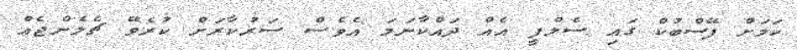
ކަމަށް ފޭސްބުކް ގައި ސެލްފީ އެއް ދައްކާނަމަ އެވެސް ސަރުކާރަށް ކުރެވޭ ޗެލެންޖެއް